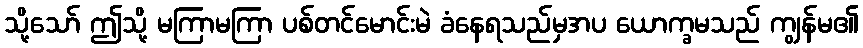
သို့သော် ဤသို့ မကြာမကြာ ပစ်တင်မောင်းမဲ ခံနေရသည်မှအပ ယောက္ခမသည် ကျွန်မ၏